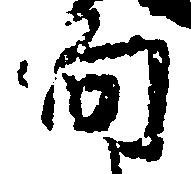
向